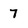
Character: 7